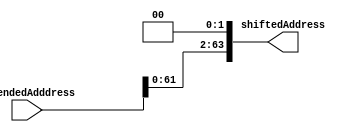
module Shift_Left2 (extendedAdddress, shiftedAddress);
  input  [63:0] extendedAdddress;
  output [63:0] shiftedAddress;
  

  
  assign shiftedAddress = (extendedAdddress << 2);


endmodule